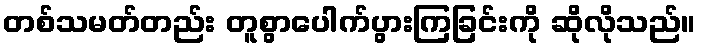
တစ်သမတ်တည်း တူစွာပေါက်ပွားကြခြင်းကို ဆိုလိုသည်။